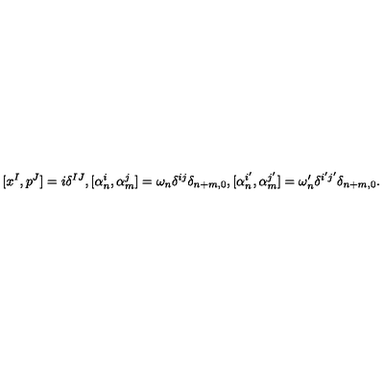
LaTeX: [ x ^ { I } , p ^ { J } ] = i \delta ^ { I J } , [ \alpha _ { n } ^ { i } , \alpha _ { m } ^ { j } ] = \omega _ { n } \delta ^ { i j } \delta _ { n + m , 0 } , [ \alpha _ { n } ^ { i ^ { \prime } } , \alpha _ { m } ^ { j ^ { \prime } } ] = \omega _ { n } ^ { \prime } \delta ^ { i ^ { \prime } j ^ { \prime } } \delta _ { n + m , 0 } .